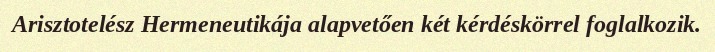
Arisztotelész Hermeneutikája alapvetően két kérdéskörrel foglalkozik.